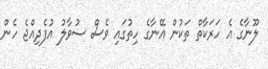
ލޫނާގެ އެ ހަރަކާތް ތަކުން އޭނާގެ ހިތުގައި ވެސް ސުވާލު އުފެދިއްޖެ ހެން